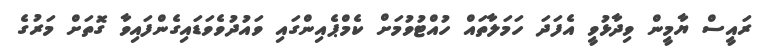
ރައީސް ޔާމީން ވިދާޅުވީ އެފަދަ ހަމަލާތައް ހުއްޓުވުމަށް ކެމްޕެއިންގައި ވައުދުވެވަޑައިގެންފައިވާ ގޮތަށް މަރުގެ